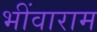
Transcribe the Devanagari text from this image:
भींवाराम